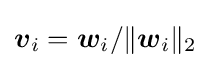
{\boldsymbol {v}}_{i}={\boldsymbol {w}}_{i}/\lVert {\boldsymbol {w}}_{i}\rVert _{2}